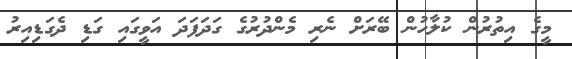
މީގެ އިތުރުން ކުލާހުން ބޭރަށް ނެރި މެންދުރުގެ ގަދަފަދަ އަވީގައި ގަޑި ދެގަޑިއިރު